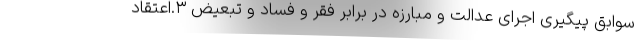
سوابق پیگیری اجرای عدالت و مبارزه در برابر فقر و فساد و تبعیض ۳.اعتقاد